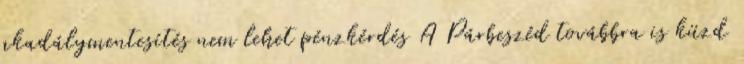
akadálymentesítés nem lehet pénzkérdés A Párbeszéd továbbra is küzd